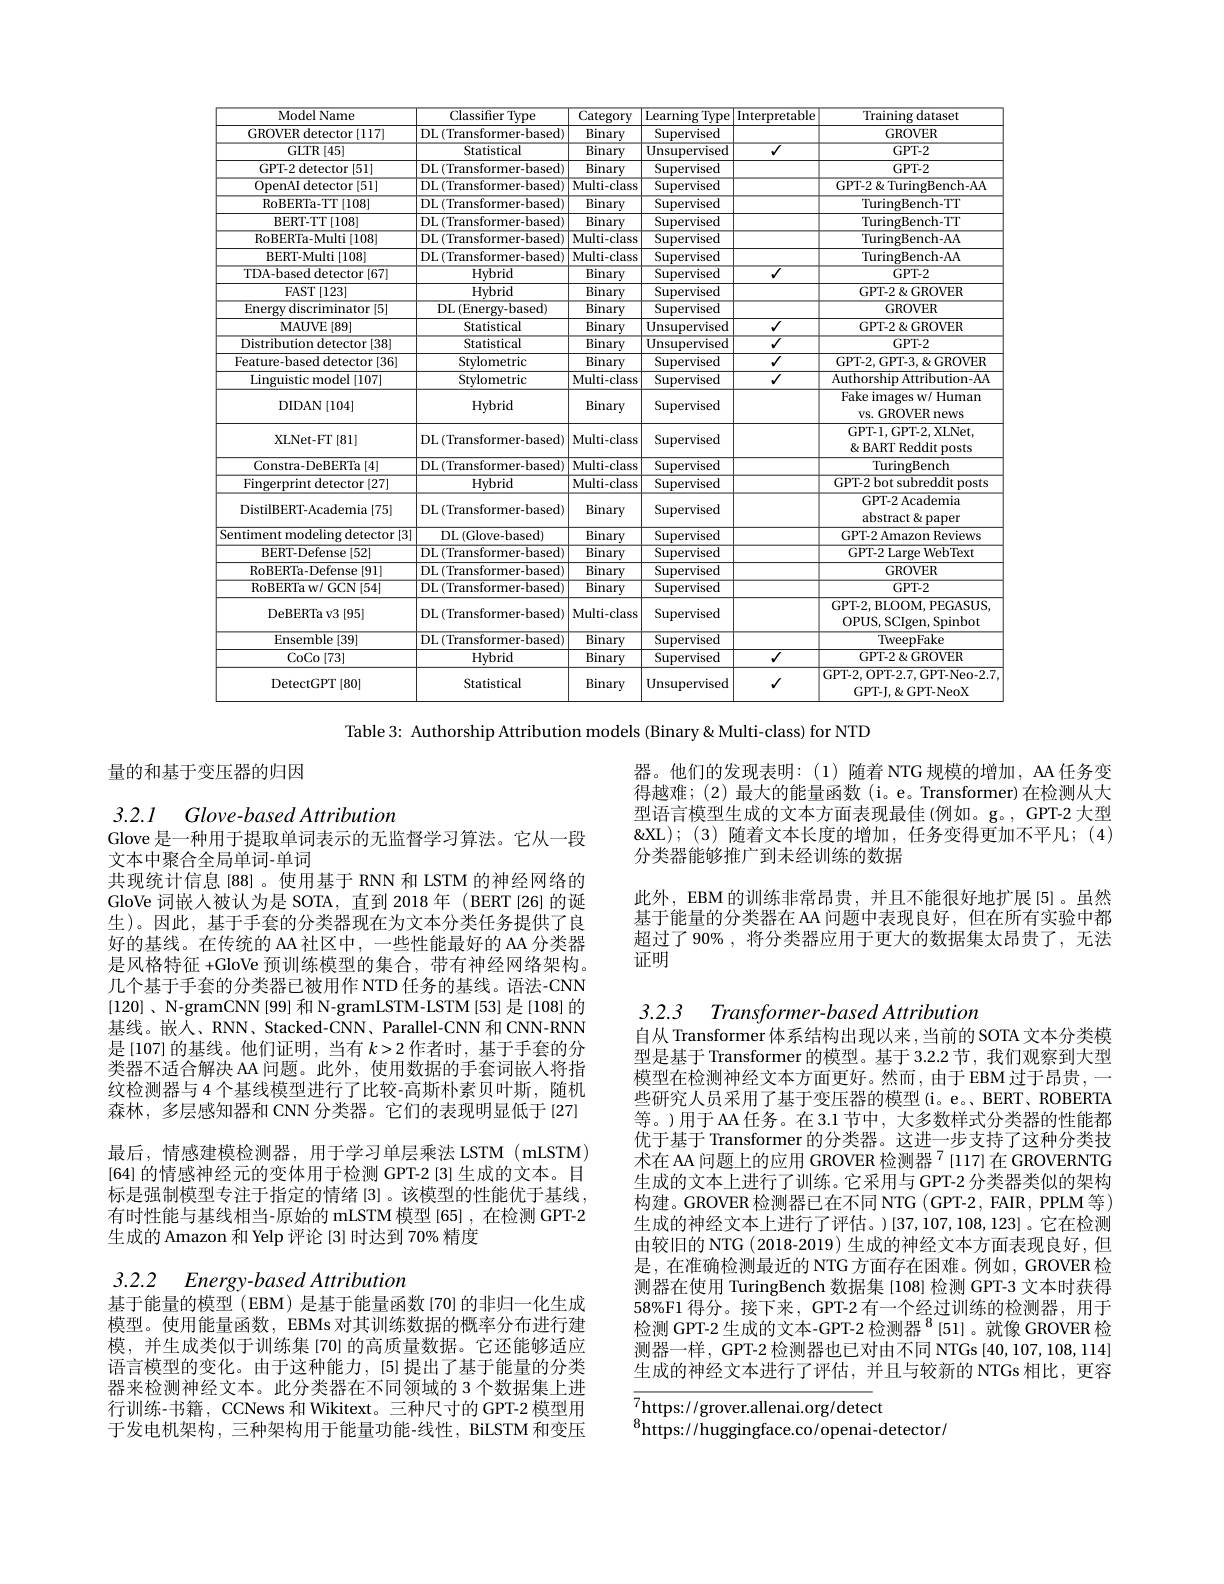
<table>
	<tbody>
		<tr>
			<th>Model Name</th>
			<th>${\mathrm{Classifer~Type}}$</th>
			<th>Category</th>
			<th>Learning Type</th>
			<th>Interpretable</th>
			<th>Training dataset</th>
		</tr>
		<tr>
			<td>GROVER detector [117]</td>
			<td>DL ( Transformer- based) </td>
			<td>Binary</td>
			<td>Supervised</td>
			<td> </td>
			<td>GROVER</td>
		</tr>
		<tr>
			<td>GLTR [45]</td>
			<td>Statistical</td>
			<td>$\overline{\text{Binary}}$</td>
			<td>Unsupervised</td>
			<td>$\overline{J}$</td>
			<td>GPT-2</td>
		</tr>
		<tr>
			<td>GPT-2 detector [51]</td>
			<td>DL ( Transformer- based) </td>
			<td>Binary</td>
			<td>Supervised</td>
			<td> </td>
			<td>GPT- 2</td>
		</tr>
		<tr>
			<td>OpenAI detector [51]</td>
			<td>DL ( Transformer- based) </td>
			<td>$\overline{{\mathrm{Multi-class}}}$</td>
			<td>Supervised</td>
			<td> </td>
			<td>GPT-2&TuringBench-AA</td>
		</tr>
		<tr>
			<td>RoBERTa-TT|108|</td>
			<td>DL ( Transformer- based) </td>
			<td>Binary</td>
			<td>Supervised</td>
			<td> </td>
			<td>TuringBench-TT</td>
		</tr>
		<tr>
			<td>BERT-TT$\mid108$</td>
			<td>DL ( Transformer- based) </td>
			<td>Binary</td>
			<td>Supervised</td>
			<td> </td>
			<td>TuringBench-TT</td>
		</tr>
		<tr>
			<td>RoBERTa-Multi[108]</td>
			<td>DL ( Transformer- based) </td>
			<td>$\overline{{\mathrm{Multi-class}}}$</td>
			<td>Supervised</td>
			<td> </td>
			<td>TuringBench-AA</td>
		</tr>
		<tr>
			<td>BERT-Multi |108|</td>
			<td>DL ( Transformer- based) </td>
			<td>Multi- class</td>
			<td>Supervised</td>
			<td> </td>
			<td>TuringBench-AA</td>
		</tr>
		<tr>
			<td>TDA-based detector [67]</td>
			<td>Hybrid</td>
			<td>Binary</td>
			<td>Supervised</td>
			<td>$\overline{J}$</td>
			<td>GPT- 2</td>
		</tr>
		<tr>
			<td>FAST|123|</td>
			<td>Hvbrid</td>
			<td>Binary</td>
			<td>Supervised</td>
			<td> </td>
			<td>GPT-28GROVER</td>
		</tr>
		<tr>
			<td>$\operatorname{Energy}$ discriminator [5]</td>
			<td>DL$\left ( \mathrm{Energy- based}\right )$</td>
			<td>$\overline{\text{Binary}}$</td>
			<td>Supervised</td>
			<td> </td>
			<td>GROVER</td>
		</tr>
		<tr>
			<td>MAUVE$\left [ 89\right ]$</td>
			<td>Statistical</td>
			<td>Binary</td>
			<td>Unsupervised</td>
			<td>$√$</td>
			<td>GPT-28GROVER</td>
		</tr>
		<tr>
			<td>Distribution detector [38]</td>
			<td>Statistical</td>
			<td>Binary</td>
			<td>Unsupervised</td>
			<td>$\overline{J}$</td>
			<td>GPT- 2</td>
		</tr>
		<tr>
			<td>Feature-based detector [36]</td>
			<td>Stvlometric</td>
			<td>Binary</td>
			<td>Supervised</td>
			<td>$√$</td>
			<td>GPT-2,GPT-3,&GROVER</td>
		</tr>
		<tr>
			<td>$DIDAN[104]$</td>
			<td>Hybrid</td>
			<td>Binary</td>
			<td>Supervised</td>
			<td> </td>
			<td>$\overline{{\text{Fake images w/ Human}}}$ VS. GROVER news</td>
		</tr>
		<tr>
			<td>XLNet- FT[81]</td>
			<td>$\operatorname{DL}\left(\mathrm{Transformer-based}\right)$</td>
			<td>Multi- class</td>
			<td>Supervised</td>
			<td> </td>
			<td>GPT-l,GPT-2,XLNet, $\&$ BART Reddit posts</td>
		</tr>
		<tr>
			<td>Constra-DeBERTa[4]</td>
			<td>DL ( Transformer- based) </td>
			<td>Multi- class</td>
			<td>Supervised</td>
			<td> </td>
			<td>TuringBench</td>
		</tr>
		<tr>
			<td>Fingerprint detector [27]</td>
			<td>Hybrid</td>
			<td>Multi- class</td>
			<td>Supervised</td>
			<td> </td>
			<td>GPT-2 bot subreddit posts</td>
		</tr>
		<tr>
			<td>DistilBERT-Academia[75]</td>
			<td>$\operatorname{DL}\left(\mathrm{Transformer-based}\right)$</td>
			<td>Binary</td>
			<td>Supervised</td>
			<td> </td>
			<td>GPT-2 Academia abstract&paper</td>
		</tr>
		<tr>
			<td>Sentiment modeling detector [3]</td>
			<td>$\operatorname{DL}\left(\mathrm{Glove-based}\right)$</td>
			<td>Binary</td>
			<td>Supervised</td>
			<td> </td>
			<td>GPT-2 Amazon Reviews</td>
		</tr>
		<tr>
			<td>BERT-Defense[52]</td>
			<td>DL ( Transformer- based) </td>
			<td>$\overline{\text{Binary}}$</td>
			<td>Supervised</td>
			<td> </td>
			<td>GPT-2 Large WebText</td>
		</tr>
		<tr>
			<td>$\operatorname{RoBERTa-Defense}\left[91\right]$</td>
			<td>$\operatorname{DL}\left(\operatorname{Transformer-based}\right)$</td>
			<td>Binary</td>
			<td>Supervised</td>
			<td> </td>
			<td>GROVER</td>
		</tr>
		<tr>
			<td>$\operatorname{RoBERTaw/GCN}[54]$</td>
			<td>DL ( Transformer- based) </td>
			<td>$\overline{\text{Binary}}$</td>
			<td>Supervised</td>
			<td> </td>
			<td>$GPT-2$</td>
		</tr>
		<tr>
			<td>DeBERTa v3 [95]</td>
			<td>$\operatorname{DL}\left(\mathrm{Transformer-based}\right)$</td>
			<td>Multi- class</td>
			<td>Supervised</td>
			<td> </td>
			<td>GPT-2,BLOOM,PEGASUS, OPUS, SCIgen, Spinbot</td>
		</tr>
		<tr>
			<td>Ensemble [39]</td>
			<td>$\operatorname{DL}\left(\operatorname{Transformer-based}\right)$</td>
			<td>$\overline{\text{Binary}}$</td>
			<td>Supervised</td>
			<td> </td>
			<td>TWeepFake</td>
		</tr>
		<tr>
			<td>$\operatorname{CoCo}[73]$</td>
			<td>Hybrid</td>
			<td>Binary</td>
			<td>Supervised</td>
			<td>$√$</td>
			<td>GPT-2 8 GROVER</td>
		</tr>
		<tr>
			<td>$\operatorname{DetectGPT}\left[80\right]$</td>
			<td>Statistical</td>
			<td>Binary</td>
			<td>Unsupervised</td>
			<td>$√$</td>
			<td>GPT-2,OPT-2.7,GPT-Neo-2.7 GPT-J,&GPT-NeoX</td>
		</tr>
	</tbody>
</table>

Table 3: Authorship Attribution models (Binary &Multi-class) for NTD

量的和基于变压器的归因

器。他们的发现表明：(1)随着 NTG 规模的增加，AA 任务变得越难；(2)最大的能量函数(i。e。Transformer)在检测从大型语言模型生成的文本方面表现最佳(例如。g。,GPT-2 大型$\&$XL);(3) 随着文本长度的增加，任务变得更加不平凡；(4) 分类器能够推广到未经训练的数据

3.2.1 $Glove- basedAttribution$
Glove 是一种用于提取单词表示的无监督学习算法。它从一段

此外，EBM 的训练非常昂贵，并且不能很好地扩展[5]。虽然基于能量的分类器在 AA 问题中表现良好，但在所有实验中都超过了90% ,将分类器应用于更大的数据集太昂贵了，无法证明

3.2.3 $Transformer- based$ Attribution
自从 Transformer 体系结构出现以来 ,当前的 SOTA 文本分类模

文本中聚合全局单词-单词
共现统计信息[88]。使用基于 RNN 和 LSTM 的神经网络的GloVe 词嵌人被认为是 SOTA, 直到 2018年 (BERT [26]的诞生)。因此，基于手套的分类器现在为文本分类任务提供了良好的基线。在传统的 AA 社区中，一些性能最好的 AA 分类器是风格特征 +GloVe 预训练模型的集合，带有神经网络架构。几个基于手套的分类器已被用作 NTD 任务的基线。语法-CNN [120] , N-gramCNN [99] 和 N-gramLSTM-LSTM [53] 是[108] 的基线。嵌人、RNN、Stacked-CNN、Parallel-CNN 和 CNN-RNN 是[107]的基线。他们证明，当有$k>2$作者时，基于手套的分类器不适合解决 AA 问题。此外，使用数据的手套词嵌人将指纹检测器与 4 个基线模型进行了比较-高斯朴素贝叶斯，随机森林，多层感知器和 CNN 分类器。它们的表现明显低于 [27] 最后，情感建模检测器，用于学习单层乘法 LSTM (mLSTM) [64] 的情感神经元的变体用于检测 GPT-2 [3] 生成的文本。目标是强制模型专注于指定的情绪[3]。该模型的性能优于基线， 有时性能与基线相当-原始的 mLSTM 模型 [65] ,在检测 GPT-2生成的 Amazon 和 Yelp 评论 [3] 时达到 70% 精度

型是基于 Transformer 的模型。基于 3.2.2 节，我们观察到大型模型在检测神经文本方面更好。然而，由于EBM过于昂贵，一些研究人员采用了基于变压器的模型(i。e。BERT、ROBERTA 等。)用于AA任务。在3.1节中，大多数样式分类器的性能都优于基于 Transformer 的分类器。这进一步支持了这种分类技术在 AA 问题上的应用 GROVER 检测器$^{7}$ [117]在 GROVERNTG 生成的文本上进行了训练。它采用与GPT-2 分类器类似的架构构建。GROVER 检测器已在不同 NTG (GPT-2, FAIR, PPLM 等) 生成的神经文本上进行了评估。)[37,107,108,123]。它在检测由较旧的 NTG ( 2018-2019) 生成的神经文本方面表现良好，但是，在准确检测最近的 NTG 方面存在困难。例如，GROVER 检测器在使用 TuringBench 数据集 [108] 检测 GPT-3 文本时获得58%F1 得分。接下来，GPT-2 有一个经过训练的检测器，用于检测 GPT-2 生成的文本-GPT-2 检测器$^{8}$[51]。就像 GROVER 检测器一样，GPT-2 检测器也已对由不同 NTGs [40,107,108,114] 生成的神经文本进行了评估，并且与较新的 NTGs 相比，更容

3.2.2 $Energy- basedAttribution$
基于能量的模型 (EBM) 是基于能量函数 [70]的非归一化生成

模型。使用能量函数，EBMs 对其训练数据的概率分布进行建模，并生成类似于训练集[70]的高质量数据。它还能够适应语言模型的变化。由于这种能力，[5]提出了基于能量的分类器来检测神经文本。此分类器在不同领域的 3 个数据集上进行训练-书籍，CCNews 和 Wikitext。三种尺寸的 GPT-2 模型用于发电机架构，三种架构用于能量功能-线性，BiLSTM 和变压

$\overline{7\text{https:}//\text{grover.allenai.org/detec}}$t
$^{8}$https://huggingface.co/openai-detector/